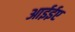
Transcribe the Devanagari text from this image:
आईईए